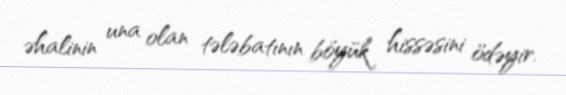
əhalinin una olan tələbatının böyük hissəsini ödəyir.